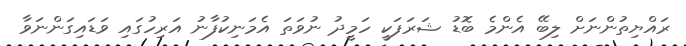
ރައްޔިތުންނަށް ލިބޭ އެންމެ ބޮޑު ޝަރަފަކީ ހަމީދު ނުވަތަ އެމަނިކުފާނު އަރިހުގައި ވަޑައިގަންނަވާ